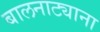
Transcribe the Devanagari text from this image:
बालनाट्याना